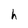
Character: h